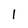
Character: l